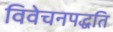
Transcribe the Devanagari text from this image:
विवेचनपद्धति